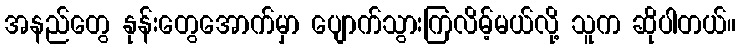
အနည်တွေ နုန်းတွေအောက်မှာ ပျောက်သွားကြလိမ့်မယ်လို့ သူက ဆိုပါတယ်။